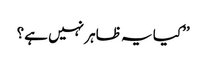
’’کیا یہ ظاہر نہیں ہے؟